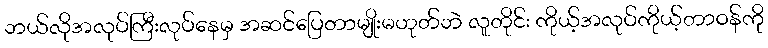
ဘယ်လိုအလုပ်ကြီးလုပ်နေမှ အဆင်ပြေတာမျိုးမဟုတ်ဘဲ လူတိုင်း ကိုယ့်အလုပ်ကိုယ့်တာဝန်ကို